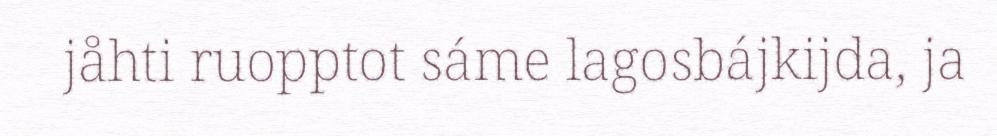
jåhti ruopptot sáme lagosbájkijda, ja